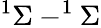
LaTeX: ^1\Sigma-^{1}\Sigma